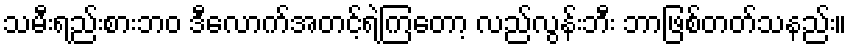
သမီးရည်းစားဘဝ ဒီလောက်အတင့်ရဲကြတော့ လည်လွန်းဘီး ဘာဖြစ်တတ်သနည်း။